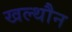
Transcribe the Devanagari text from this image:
खल्थौन